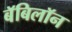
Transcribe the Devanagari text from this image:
बॅबिलॉन